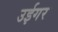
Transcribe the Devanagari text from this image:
उईगर